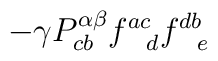
\hspace{8cm} - \gamma P^{\alpha \beta}_{cb} f^{ac}_{~~d} f^{db}_{~~e}